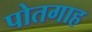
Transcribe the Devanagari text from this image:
पोतगाह